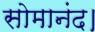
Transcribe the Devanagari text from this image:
सोमानंद।